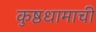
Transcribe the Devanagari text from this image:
कुष्ठधामाची